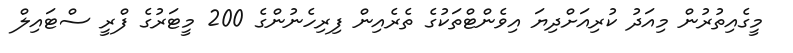
މީގެއިތުރުން މިއަދު ކުރިއަށްދިޔަ އިވެންޓްތަކުގެ ތެރެއިން ފިރިހެނުންގެ 200 މީޓަރުގެ ފްރީ ސްޓައިލް